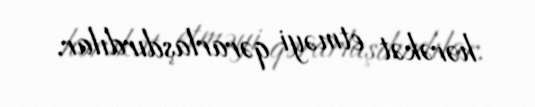
hərəkət etməyi qərarlaşdırdılar.